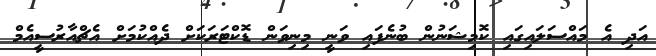
އަދި އެ މައްސަލައިގައި ކޮމިޝަނުން ބުނެފައި ވަނީ މިނިވަން ޑޮކްޓަރަކަށް ދެއްކުމަށް އެޗްއާރުސީއެމް